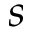
s